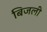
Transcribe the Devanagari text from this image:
बिजली